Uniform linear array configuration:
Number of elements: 8
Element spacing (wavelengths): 0.5
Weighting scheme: uniform
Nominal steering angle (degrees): -45
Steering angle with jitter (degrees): -46.623
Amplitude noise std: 0.05
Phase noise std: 0.05

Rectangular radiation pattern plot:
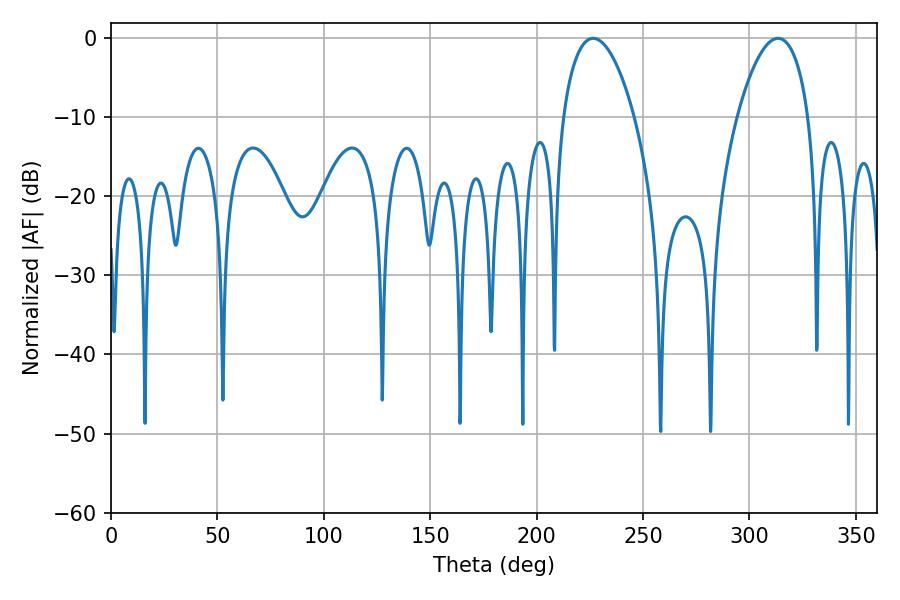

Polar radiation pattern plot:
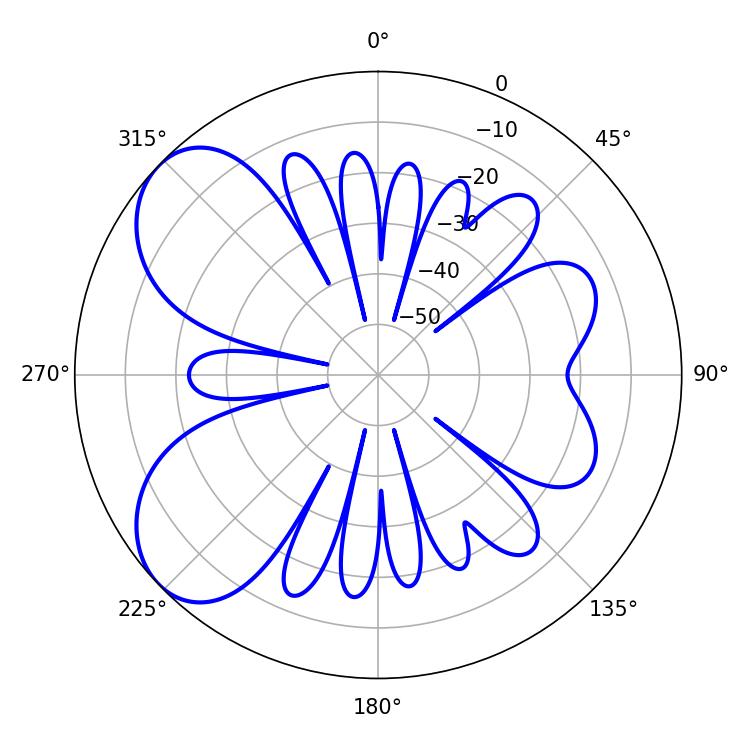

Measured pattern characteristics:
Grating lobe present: FALSE
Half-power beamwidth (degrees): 18.9
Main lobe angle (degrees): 226.62